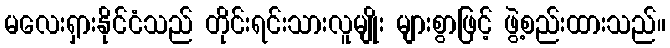
မလေးရှားနိုင်ငံသည် တိုင်းရင်းသားလူမျိုး များစွာဖြင့် ဖွဲ့စည်းထားသည်။